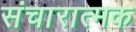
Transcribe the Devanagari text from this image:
संचारात्मक